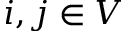
i , j \in V